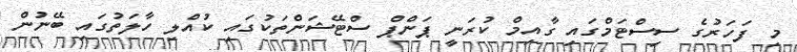
މި ފަހަރުގެ ސިސްޓަމްގައި ގާއިމް ކުރަނީ ޕަންޕް ސްޓޭޝަންތަކުގައި ކުއްލި ހާލަތުގައި ބޭނުން